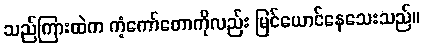
သည်ကြားထဲက ကံ့ကော်တောကိုလည်း မြင်ယောင်နေသေးသည်။